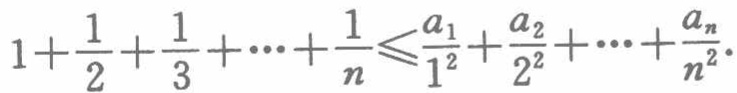
$1+\frac{1}{2}+\frac{1}{3}+\cdots+\frac{1}{n}\leqslant\frac{a_{1}}{1^{2}}+\frac{a_{2}}{2^{2}}+\cdots+\frac{a_{n}}{n^{2}}.$